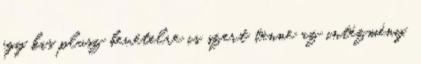
egy kis plusz bevételre is szert tenne az intézmény.